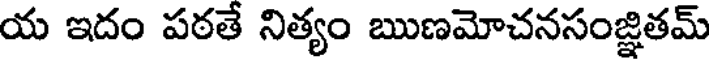
య ఇదం పఠతే నిత్యం ఋణమోచనసంజ్ఞితమ్